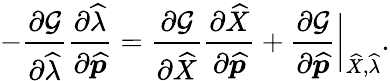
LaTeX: -\frac{\partial\mathcal{G}}{\partial\widehat{\lambda}}\frac{\partial\widehat{\lambda}}{\partial\widehat{\boldsymbol{p}}}=\frac{\partial\mathcal{G}}{\partial\widehat{X}}\frac{\partial\widehat{X}}{\partial\widehat{\boldsymbol{p}}}+\frac{\partial\mathcal{G}}{\partial\widehat{\boldsymbol{p}}}\bigg\lvert_{\widehat{X},\widehat{\lambda}}.